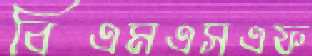
বিএমএসএফ